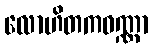
လောဟိတကဝဏ္ဏာ